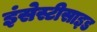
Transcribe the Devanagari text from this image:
इंसेस्टीसाइड